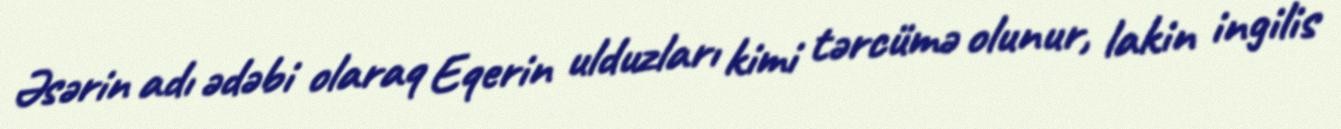
Əsərin adı ədəbi olaraq Eqerin ulduzları kimi tərcümə olunur, lakin ingilis